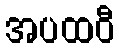
အပထဝီ